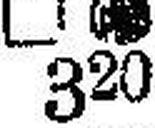
□ 320